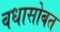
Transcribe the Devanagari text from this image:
वधासोबत